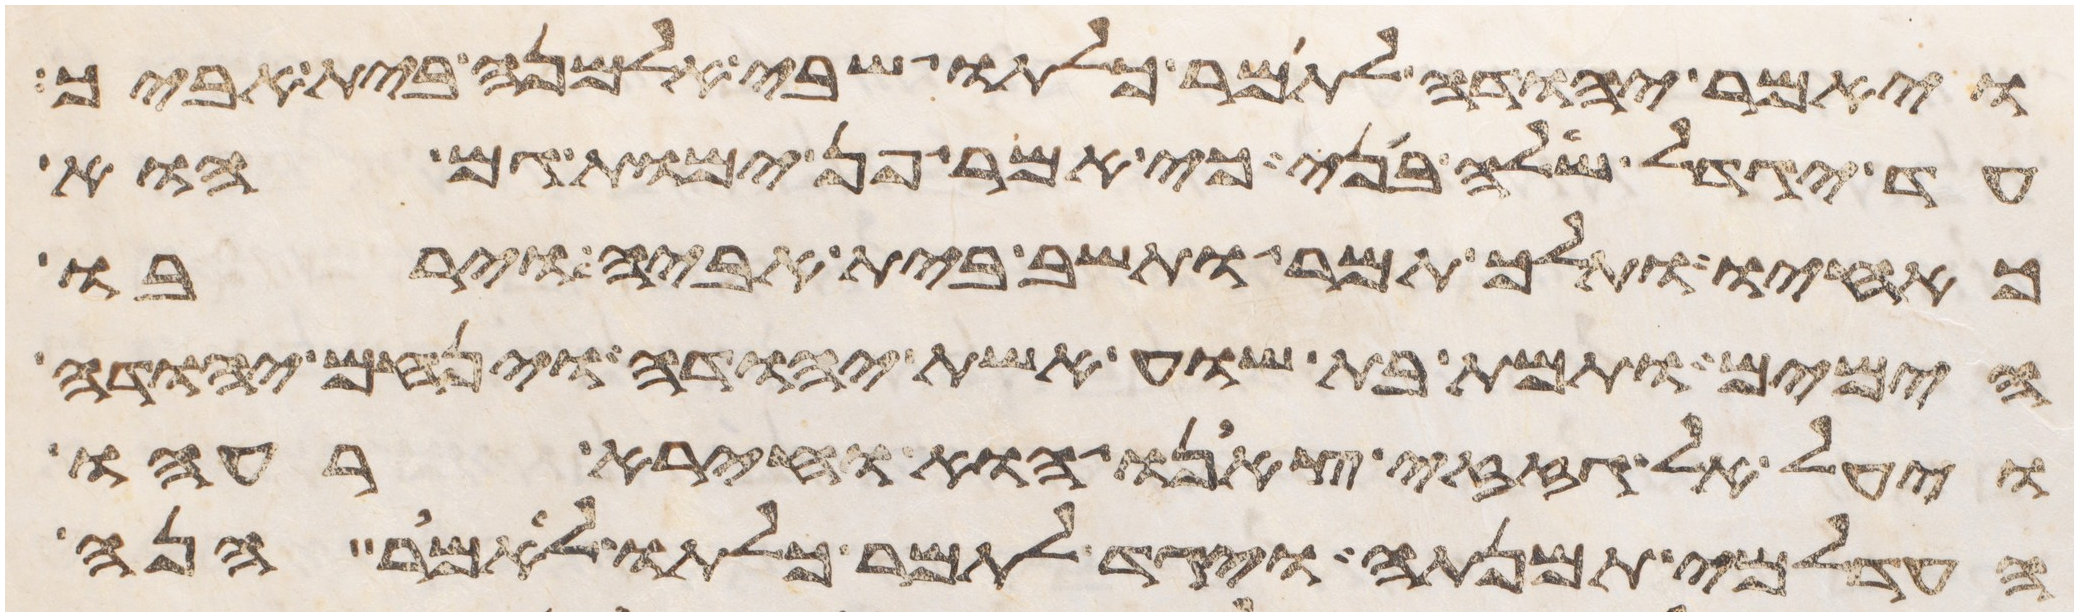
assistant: ויאמר יהודה לתמר כלתו שבי אלמנה בית אביך
עד יגדל שלה בני כי אמר פן ימות גם הוא
כאחיו ותלך תמר ותשב בית אביה וירבו
הימים ותמת בת שוע אשת יהודה וינחם יהודה
ויעל אל גזזי צאנו הוא וחירה רעהו
העדלמי תמנתה ויגד לתמר כלתו לאמר הנה